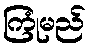
ကြုံမည်